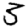
Digit: 3